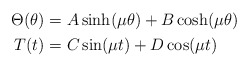
\begin{align*}\begin{aligned}\Theta(\theta)&=A \sinh(\mu\theta)+B\cosh(\mu\theta)\\T(t)&=C \sin(\mu t)+D\cos(\mu t)\\\end{aligned}\end{align*}